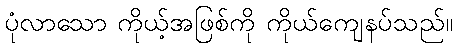
ပုံလာသော ကိုယ့်အဖြစ်ကို ကိုယ်ကျေနပ်သည်။